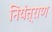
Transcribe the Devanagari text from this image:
नियंत्राण